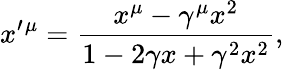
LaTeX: x^{\prime}{}^{\mu}=\frac{x^{\mu}-\gamma^{\mu}x^{2}}{1-2\gamma x+\gamma^{2}x^{2}},